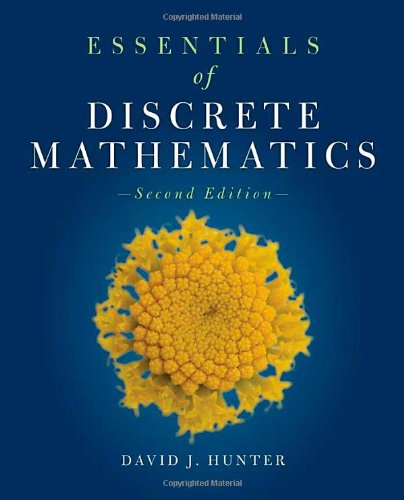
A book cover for Essentials Of Discrete Mathematics (The Jones & Bartlett Learning Inernational Series in Mathematics); David J. Hunter; Computers & Technology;